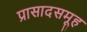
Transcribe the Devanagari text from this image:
प्रासादसमूह